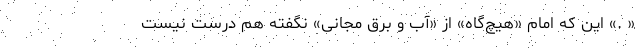
« .» این که امام «هیچ‌گاه» از «آب و برق مجانی» نگفته هم درست نیست